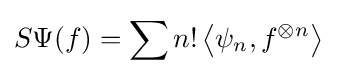
S\Psi (f)=\sum n!\left\langle \psi _{n},f^{\otimes n}\right\rangle